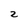
Character: 2